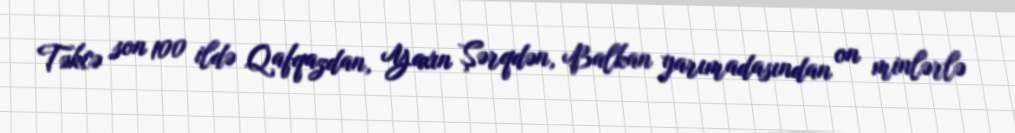
Təkcə son 100 ildə Qafqazdan, Yaxın Şərqdən, Balkan yarımadasından on minlərlə